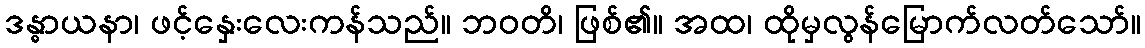
ဒန္ဓာယနာ၊ ဖင့်နှေးလေးကန်သည်။ ဘဝတိ၊ ဖြစ်၏။ အထ၊ ထိုမှလွန်မြောက်လတ်သော်။